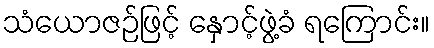
သံယောဇဉ်ဖြင့် နှောင့်ဖွဲ့ခံ ရကြောင်း။